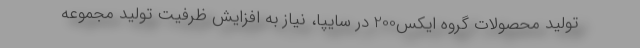
تولید محصولات گروه ایکس200 در سایپا، نیاز به افزایش ظرفیت تولید مجموعه